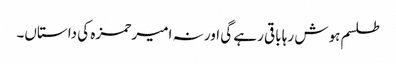
طلسم ہوش رہا باقی رہے گی اور نہ امیر حمزہ کی داستاں۔